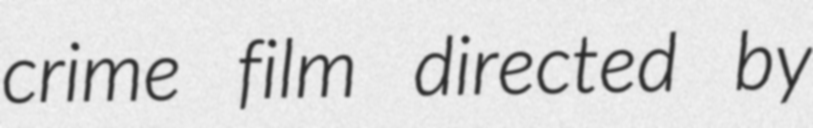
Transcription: crime film directed by